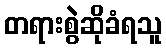
တရားစွဲဆိုခံရသူ